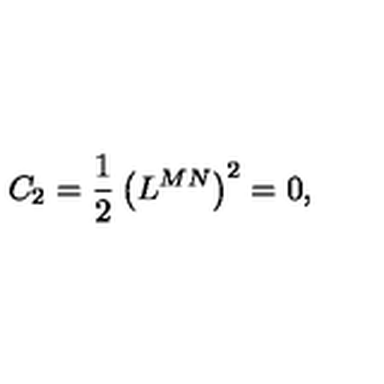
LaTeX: C _ { 2 } = \frac 1 2 \left( L ^ { M N } \right) ^ { 2 } = 0 ,